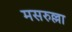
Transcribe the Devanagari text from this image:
मसरुल्ला